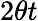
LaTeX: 2\theta t